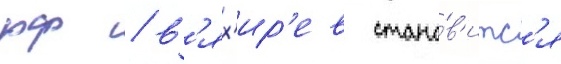
рф / в'ях'ир'ев стано́в'итс'я